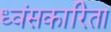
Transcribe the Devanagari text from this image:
ध्वंसकारिता